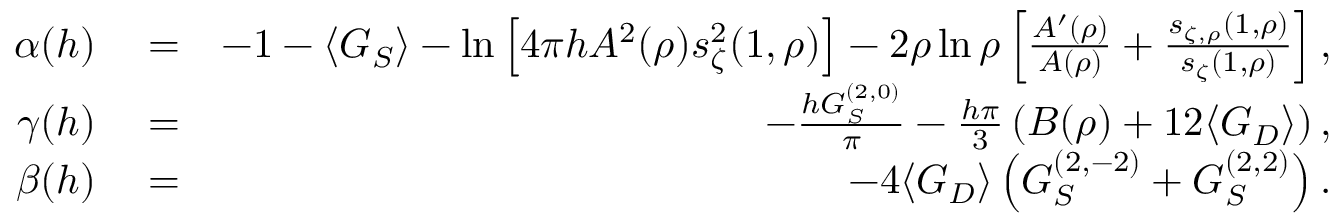
\begin{array} { r l r } { \alpha ( h ) } & { { } = } & { - 1 - \langle G _ { S } \rangle - \ln \left[ 4 \pi h A ^ { 2 } ( \rho ) s _ { \zeta } ^ { 2 } ( 1 , \rho ) \right] - 2 \rho \ln \rho \left[ \frac { A ^ { \prime } ( \rho ) } { A ( \rho ) } + \frac { s _ { \zeta , \rho } ( 1 , \rho ) } { s _ { \zeta } ( 1 , \rho ) } \right] , } \\ { \gamma ( h ) } & { { } = } & { - \frac { h G _ { S } ^ { ( 2 , 0 ) } } { \pi } - \frac { h \pi } { 3 } \left( B ( \rho ) + 1 2 \langle G _ { D } \rangle \right) , } \\ { \beta ( h ) } & { { } = } & { - 4 \langle G _ { D } \rangle \left( G _ { S } ^ { ( 2 , - 2 ) } + G _ { S } ^ { ( 2 , 2 ) } \right) . } \end{array}